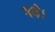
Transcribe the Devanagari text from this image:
पये।